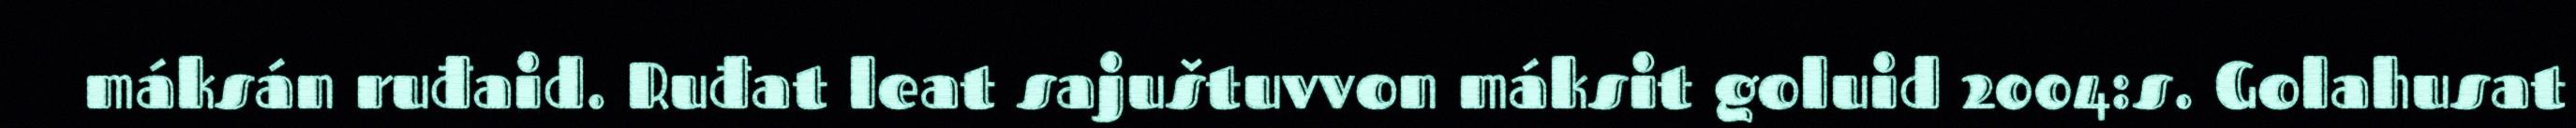
máksán ruđaid. Ruđat leat sajuštuvvon máksit goluid 2004:s. Golahusat